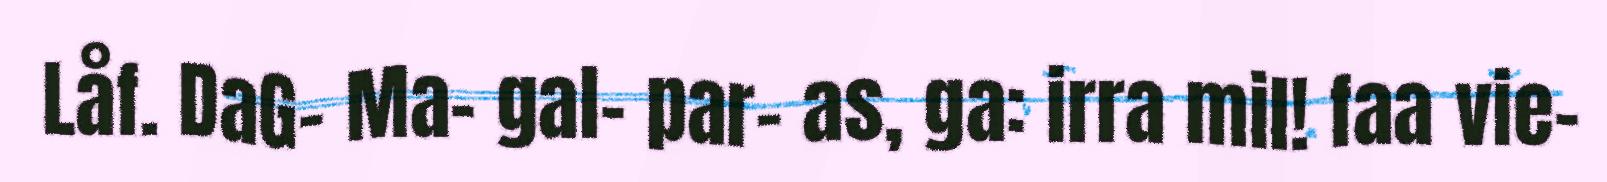
Låf. DaG- Ma- gal- par- as, ga: irra mil! faa vie-